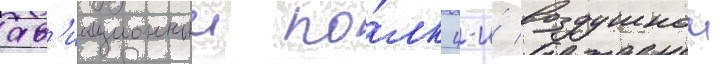
ав'иационныи по́лк 4-и́ воздушнои